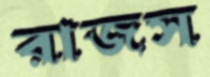
রাজস